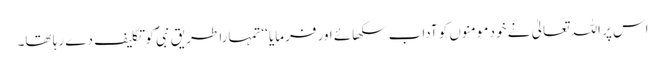
اس پر اللہ تعالیٰ نے خود مومنوں کو آداب سکھائے اور فرمایا ‘‘تمہارا طریق نبیؐ کو تکلیف دے رہا تھا۔